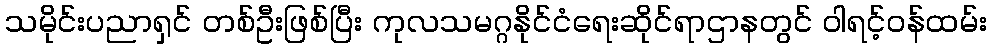
သမိုင်းပညာရှင် တစ်ဦးဖြစ်ပြီး ကုလသမဂ္ဂနိုင်ငံရေးဆိုင်ရာဌာနတွင် ဝါရင့်ဝန်ထမ်း